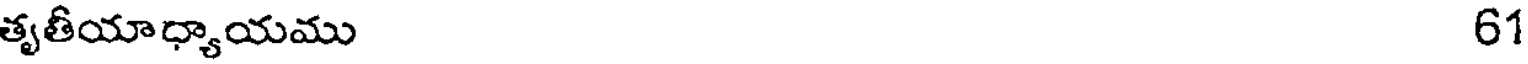
తృతీయాధ్యాయము 61